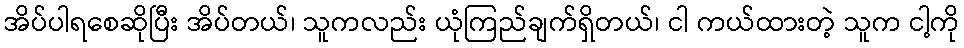
အိပ်ပါရစေဆိုပြီး အိပ်တယ်၊ သူကလည်း ယုံကြည်ချက်ရှိတယ်၊ ငါ ကယ်ထားတဲ့ သူက ငါ့ကို